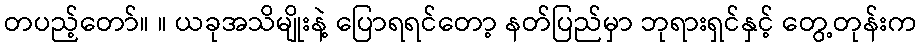
တပည့်တော်။ ။ ယခုအသိမျိုးနဲ့ ပြောရရင်တော့ နတ်ပြည်မှာ ဘုရားရှင်နှင့် တွေ့တုန်းက